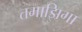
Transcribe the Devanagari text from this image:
तमाझिगा